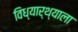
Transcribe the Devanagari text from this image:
विध्यार्थ्याला